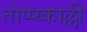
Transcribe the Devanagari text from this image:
तोप्प्य्काल्ली